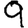
Digit: 9